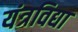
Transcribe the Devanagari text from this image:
यंत्रविद्या